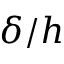
\delta / h